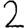
Digit: 2